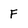
Character: F